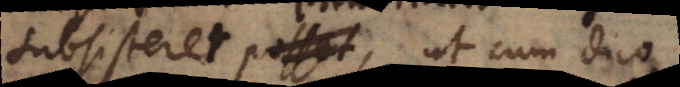
subsisteret, ut cum dico